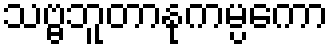
သဗ္ဗဘူတာနုကမ္ပကော